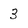
Character: 3